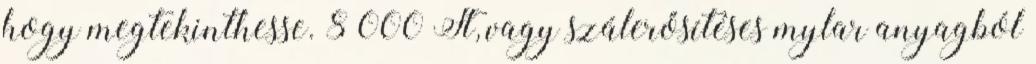
hogy megtekinthesse. 8 000 Ft, vagy szálerősítéses mylar anyagból